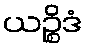
ယဉ္စိဒံ